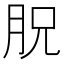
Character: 𣍦